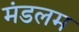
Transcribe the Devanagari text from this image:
मंडलम